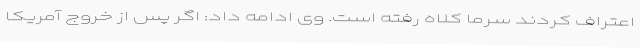
اعتراف کردند سرما کلاه رفته است. وی ادامه داد: اگر پس از خروج آمریکا